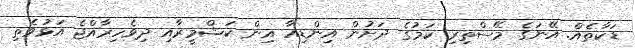
ޑަކާތެއް. އޭނަގެ މޭސްތިރި ކަމުގެ ދަށުން އިންޑިއާ އިން ކަޝްމީރާއި ދިވެހިރާއްޖެ އަޅުވެތި